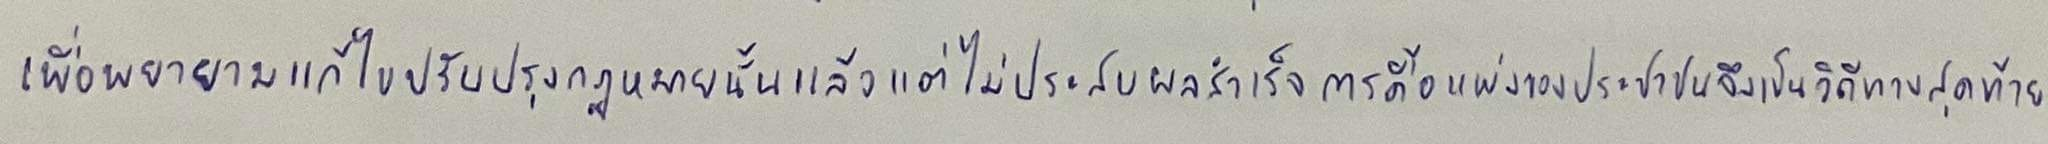
เพื่อพยายามแก้ไขปรับปรุงกฎหมายนั้นแล้วแต่ไม่ประสบผลสำเร็จการดื้อแพ่งของประชาชนจึงเป็นวิถีทางสุดท้าย